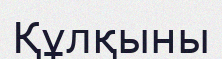
Құлқыны